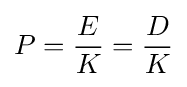
P={\frac {E}{K}}={\frac {D}{K}}